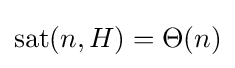
\operatorname {sat} (n,H)=\Theta (n)